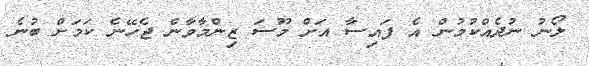
ލޯނު ނުދެއްކުމުން އެ ފައިސާ އަށް މޫސަ ޒިންމާވާން ޖެހޭނެ ކަމަށް ބުނެ